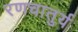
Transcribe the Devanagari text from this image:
रणचातुर्य